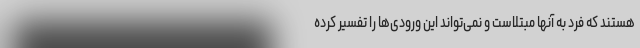
هستند که فرد به آنها مبتلاست و نمی‌تواند این ورودی‌ها را تفسیر کرده